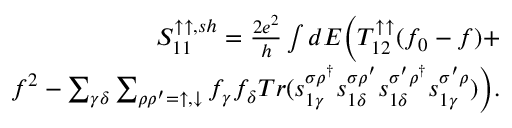
\begin{array} { r } { { S _ { 1 1 } ^ { \uparrow \uparrow , s h } } = \frac { 2 e ^ { 2 } } { h } \int d E \bigg ( T _ { 1 2 } ^ { \uparrow \uparrow } ( f _ { 0 } - f ) + } \\ { f ^ { 2 } - \sum _ { \gamma \delta } \sum _ { \rho \rho ^ { \prime } = \uparrow , \downarrow } f _ { \gamma } f _ { \delta } T r ( s _ { 1 \gamma } ^ { \sigma \rho ^ { \dagger } } s _ { 1 \delta } ^ { \sigma \rho ^ { \prime } } s _ { 1 \delta } ^ { \sigma ^ { \prime } \rho ^ { \dagger } } s _ { 1 \gamma } ^ { \sigma ^ { \prime } \rho } ) \bigg ) . } \end{array}